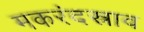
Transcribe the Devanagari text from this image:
मकरंदस्राव